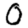
Digit: 0